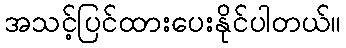
အသင့်ပြင်ထားပေးနိုင်ပါတယ်။